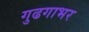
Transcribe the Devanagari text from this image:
गुढगाभर